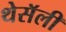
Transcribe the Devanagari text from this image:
थेसॅली